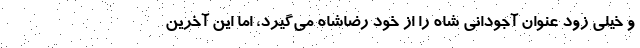
و خیلی زود عنوان آجودانى شاه را از خود رضاشاه می‌گیرد، اما این آخرین